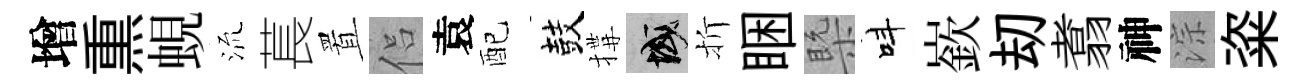
增𤋱蜆𣴑萇置侣袁配鼓搆域折睏槩呌嶔刧翥神淙粢